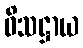
ဝိသဋ္ဌာယ